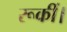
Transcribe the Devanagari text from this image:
रूकीं।